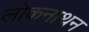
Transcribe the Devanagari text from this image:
लोकनाथन